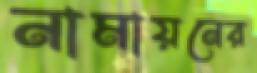
নামায়নের